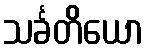
သင်္ခတိယော